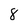
Character: 8